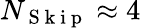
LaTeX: N_{\mathrm{~S~k~i~p~}}\approx 4